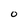
Character: 0